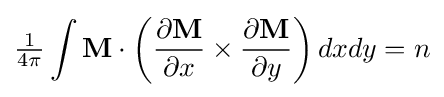
{\tfrac {1}{4\pi }}\int \mathbf {M} \cdot \left({\frac {\partial \mathbf {M} }{\partial x}}\times {\frac {\partial \mathbf {M} }{\partial y}}\right)dxdy={n}